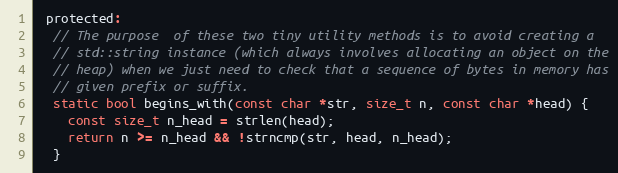
Language: C
 protected:
  // The purpose  of these two tiny utility methods is to avoid creating a
  // std::string instance (which always involves allocating an object on the
  // heap) when we just need to check that a sequence of bytes in memory has
  // given prefix or suffix.
  static bool begins_with(const char *str, size_t n, const char *head) {
    const size_t n_head = strlen(head);
    return n >= n_head && !strncmp(str, head, n_head);
  }